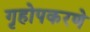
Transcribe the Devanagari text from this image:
गृहोपकरणे